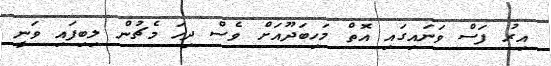
އިރު ފަސް ވަނައިގައި އޮތް މަހިބަދޫއަށް ވެސް ދިހަ މެޗުން ލިބިފައި ވަނީ